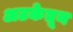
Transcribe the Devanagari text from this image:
अटकेतून